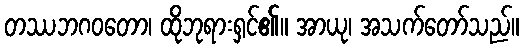
တဿဘဂဝတော၊ ထိုဘုရားရှင်၏။ အာယု၊ အသက်တော်သည်။